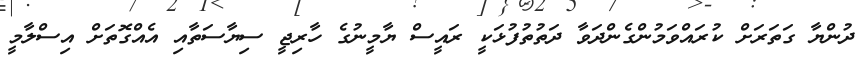
ދުންޔާ ގަތަރަށް ކުރައްވަމުންގެންދަވާ ދަތުތުފުޅަކީ ރައީސް ޔާމީނުގެ ހާރިޖީ ސިޔާސަތާއި އެއްގޮތަށް އިސްލާމީ